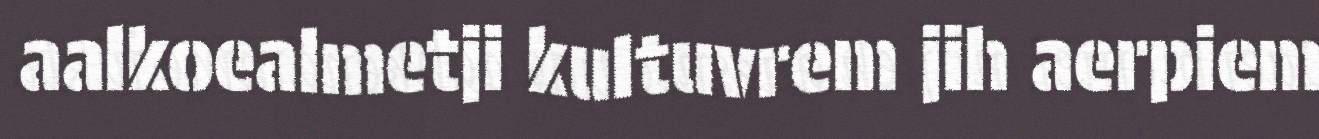
aalkoealmetji kultuvrem jih aerpiem